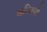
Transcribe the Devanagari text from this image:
बस्‍तियो